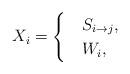
LaTeX: \begin{align*} X_i = \begin{cases} &S_{i \rightarrow j}, ~~ \\ &W_i, ~~\end{cases}\end{align*}